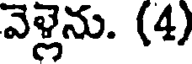
వెళ్లెను. (4)